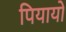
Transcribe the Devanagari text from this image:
पियायो